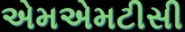
એમએમટીસી